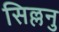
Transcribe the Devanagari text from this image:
सिल्लनु